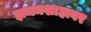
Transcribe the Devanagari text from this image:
झमनशाहावर